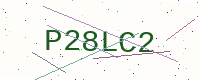
Text: P28LC2